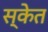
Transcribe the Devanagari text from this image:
स्केत